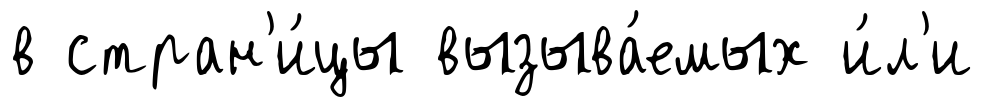
в стран'и́цы вызыва́емых и́л'и